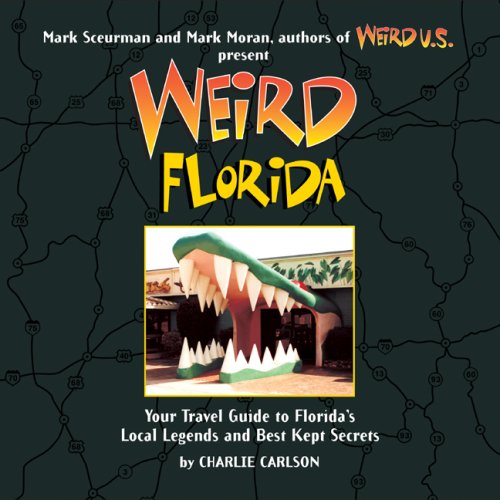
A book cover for Weird Florida: Your Travel Guide to Florida's Local Legends and Best Kept Secrets; Charlie Carlson; Humor & Entertainment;